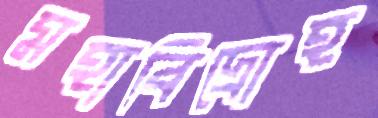
মহাবিদ্রোহ